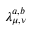
\lambda _ { \mu , \nu } ^ { a , b }